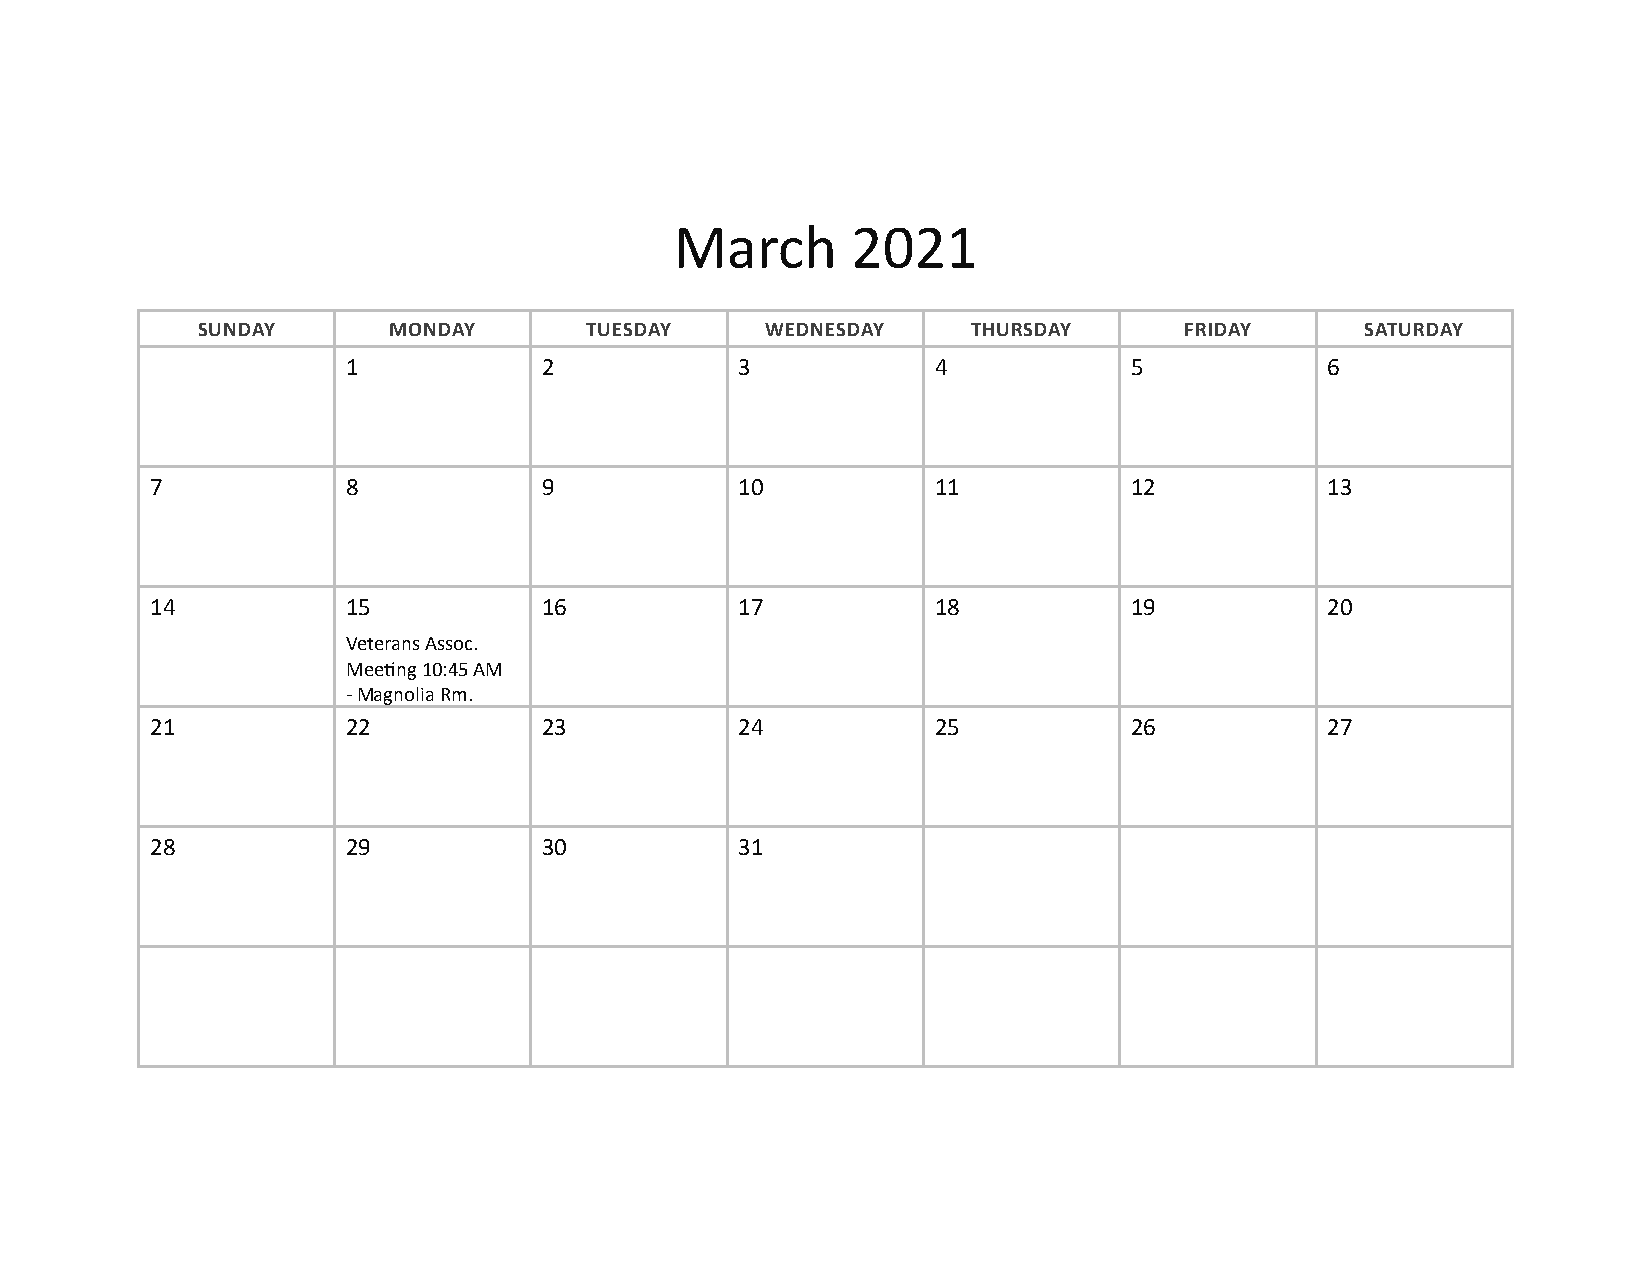
March      2021
 SUNDAY       MONDAY       TUESDAY     WEDNESDAY    THURSDAY      FRIDAY      SATURDAY
 1            2            3            4            5            6
 7            8            9            10           11           12           13
 14           15           16           17           18           19           20
 Veterans Assoc.
 Meeting 10:45 AM
 - Magnolia Rm.
 21           22           23           24           25           26           27
 28           29           30           31